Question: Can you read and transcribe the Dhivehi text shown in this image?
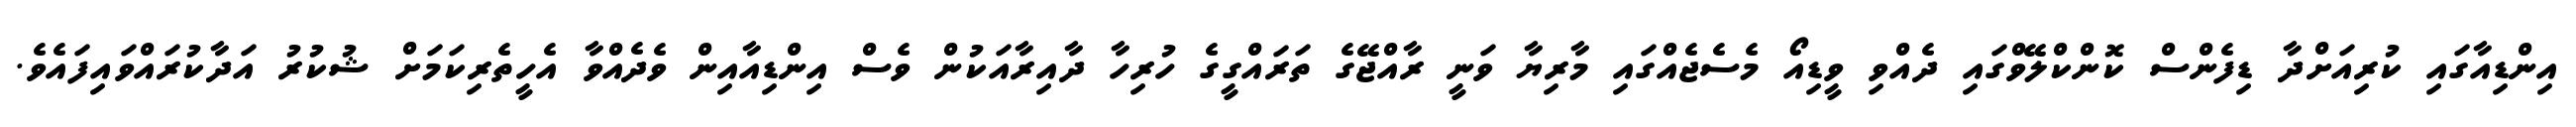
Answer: އިންޑިއާގައި ކުރިއަށްދާ ޑިފެންސް ކޮންކްލޭވްގައި ދެއްވި ވީޑިއޯ މެސެޖެއްގައި މާރިޔާ ވަނީ ރާއްޖޭގެ ތަރައްގީގެ ހުރިހާ ދާއިރާއަކުން ވެސް އިންޑިއާއިން ވެދެއްވާ އެހީތެރިކަމަށް ޝުކުރު އަދާކުރައްވައިފައެވެ.